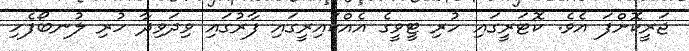
ޖަރީކޮށްފަ އެވެ. ކޮޓަރީގައި ހުރި ޓީވީގެ އެއްކައިރީގައި ފާރުގައި ވިދަވިދާ ހުރި ލުނބޯފެހި